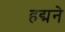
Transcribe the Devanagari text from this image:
हद्मने